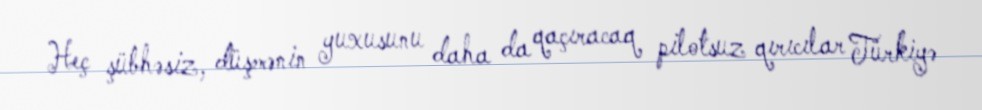
Heç şübhəsiz, düşmənin yuxusunu daha da qaçıracaq pilotsuz qırıcılar Türkiyə